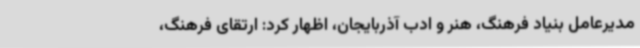
مدیرعامل بنیاد فرهنگ، هنر و ادب آذربایجان، اظهار کرد: ارتقای فرهنگ،